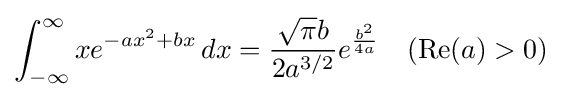
\int _{-\infty }^{\infty }xe^{-ax^{2}+bx}\,dx={\frac {{\sqrt {\pi }}b}{2a^{3/2}}}e^{\frac {b^{2}}{4a}}\quad (\operatorname {Re} (a)>0)